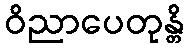
ဝိညာပေတုန္တိ